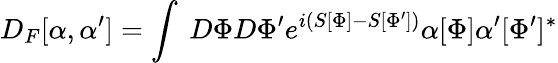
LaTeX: D_{F}[\alpha,\alpha^{\prime}]=\int~D\Phi D\Phi^{\prime}e^{i(S[\Phi]-S[\Phi^{\prime}])}\alpha[\Phi]\alpha^{\prime}[\Phi^{\prime}]^{*}